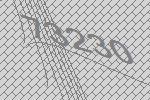
73230